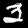
Label: 3